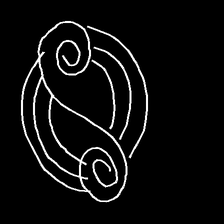
Glyph: wind-underfoot